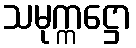
သမုက္ကဋ္ဌော